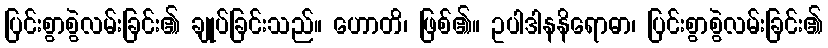
ပြင်းစွာစွဲလမ်းခြင်း၏ ချုပ်ခြင်းသည်။ ဟောတိ၊ ဖြစ်၏။ ဥပါဒါနနိရောဓာ၊ ပြင်းစွာစွဲလမ်းခြင်း၏